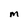
Character: M